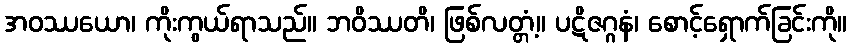
အဝဿယော၊ ကိုးကွယ်ရာသည်။ ဘဝိဿတိ၊ ဖြစ်လတ္တံ့။ ပဋိဇဂ္ဂနံ၊ စောင့်ရှောက်ခြင်းကို။